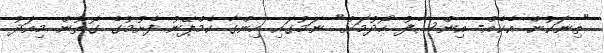
"ތިނަކުން އެކެއް- އިންސާފު ހޯދުމަށް" ނަމުގައި ހިންގާ ކެމްޕޭނު ފެށުމުގެ ގޮތުން މިއަދު